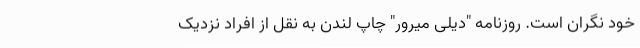
خود نگران است. روزنامه "دیلی میرور" چاپ لندن به نقل از افراد نزدیک